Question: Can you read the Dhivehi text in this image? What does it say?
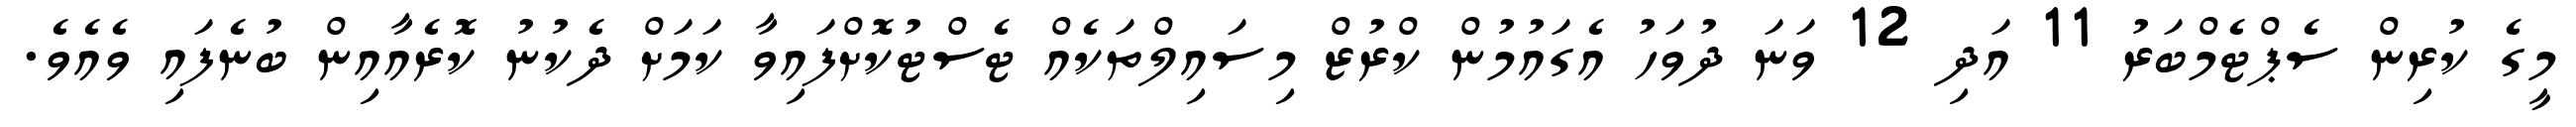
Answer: މީގެ ކުރިން ސެޕްޓެމްބަރު 11 އަދި 12 ވަނަ ދުވަހު އެގައުމުން ކްރުޒް މިސައިލްތަކެއް ޓެސްޓުކޮށްފައިވާ ކަމަށް ދެކުނު ކޮރެއާއިން ބުނެފައި ވެއެވެ.